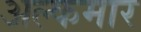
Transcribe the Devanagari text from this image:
अल्कमार